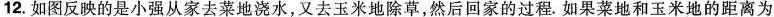
12.如图反映的是小强从家去菜地浇水，又去玉米地除草，然后回家的过程，如果菜地和玉米地的距离为